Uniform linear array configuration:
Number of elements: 48
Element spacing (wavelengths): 0.5
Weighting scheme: cosine
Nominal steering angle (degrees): -45
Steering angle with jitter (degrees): -43.944
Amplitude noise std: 0.05
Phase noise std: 0.05

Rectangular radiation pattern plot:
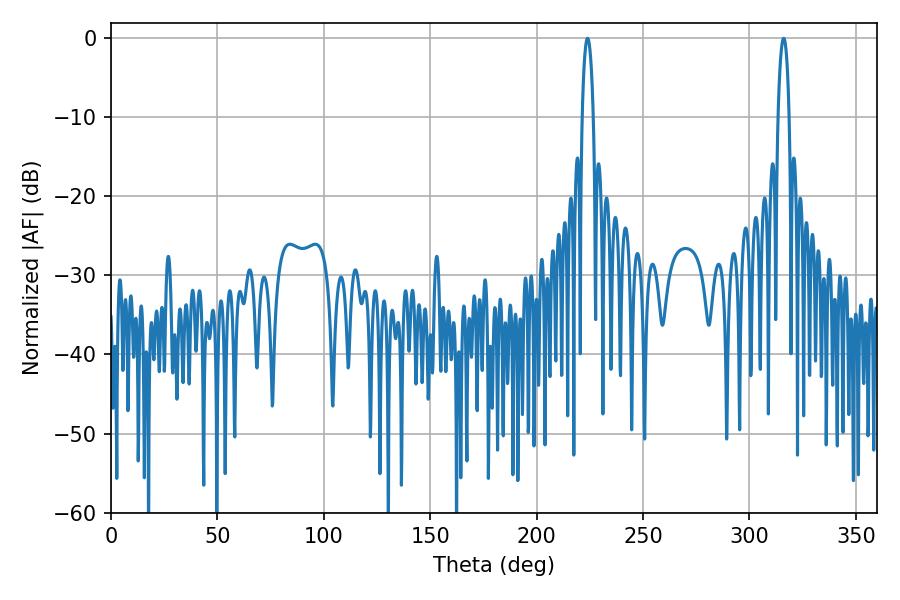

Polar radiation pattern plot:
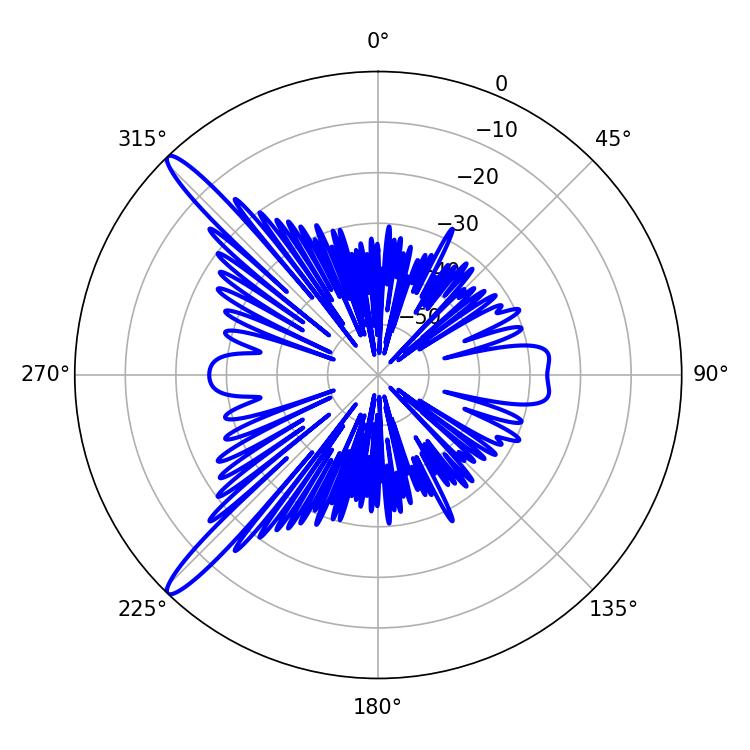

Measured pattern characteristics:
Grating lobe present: FALSE
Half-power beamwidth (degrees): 2.88
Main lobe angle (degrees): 223.92